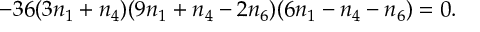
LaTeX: - 3 6 ( 3 n _ { 1 } + n _ { 4 } ) ( 9 n _ { 1 } + n _ { 4 } - 2 n _ { 6 } ) ( 6 n _ { 1 } - n _ { 4 } - n _ { 6 } ) = 0 .